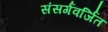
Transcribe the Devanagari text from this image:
संसर्गवर्जित